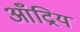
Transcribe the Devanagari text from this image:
आँद्रिय